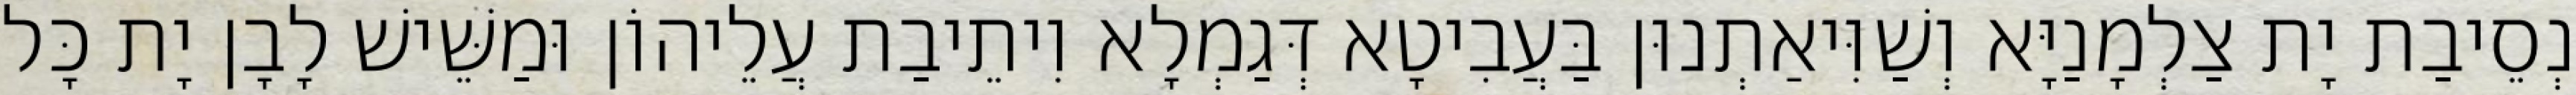
נְסֵיבַת יָת צַלְמָנַיָּא וְשַׁוִּיאַתְנוּן בַּעֲבִיטָא דְּגַמְלָא וִיתֵיבַת עֲלֵיהוֹן וּמַשֵּׁישׁ לָבָן יָת כָּל